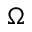
\Omega